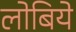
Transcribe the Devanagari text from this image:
लोबिये